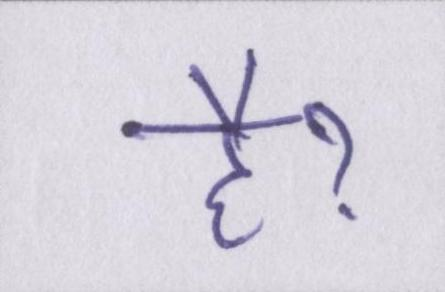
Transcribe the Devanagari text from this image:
हैॽ